Medical and sanitary report of the native army of Bengal for the year
Year: 1874
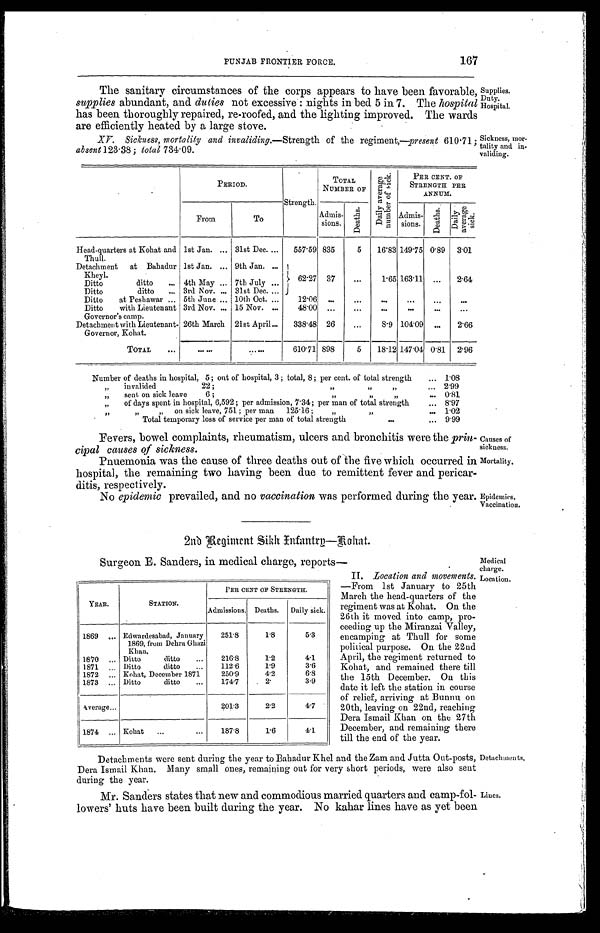
167
PUNJAB FRONTIER FORCE.
Supplies.
The sanitary circumstances of the corps appears to have been favorable,
supplies abundant, and duties not excessive: nights in bed 5 in 7. The hospital Hospital.
has been thoroughly repaired, re-roofed, and the lighting improved. The wards
are efficiently heated by a large stove.m
or- XV. Sickness, mortality and invaliding.—Strength of the regiment—present 610.71; Sickness, tality and in-
absent 123.38 ; total 734.09.validing.
PERIOD.
Strength.
TOTAL
NUMBER OF
D a i l y A v e r a g e
n u m b e r o f s i c k .
PER CENT. OF
STRENGTH PER
ANNUM.
From
To
Admis-
sions. De a t hs .
Admis-
sions. D e a t h s .
4
Da i l y a ve r a ge s i c k.
Head-quarters at Kohat and
Thull.
1st Jan.
31st Dec. 557.59 835
5 16.83 149.75 0.89 3.01
Detachment at Bahadur
Kheyl.
1st Jan.
9th Jan.
Ditto ditto
4th May
7th July
62.27 37
1.65 163.11
2.64
Ditto ditto
3rd Nov.
31st Dec.
Ditto at Peshawar
5th June 10th Oct.
12'06
Ditto with Lieutenant
Governor's camp.
3rd Nov.
15 Nov.
48.00
Detachment with Lieutenant- 26th March 21st April
338.48 26
8.9 104.09
2.66
Governor, Kohat.
TOTAL
610.71 898
5 18.12 147.04 0.81 2.96
Number of deaths in hospital, 5; out of hospital, 3; total, 8; per cent. of total strength
1.08
„ invalided 22; „ „ „ 2.99
„ sent on sick leave 6; „ „ „ 0.81
„ of days spent in hospital, 6,592; per admission, 7.34; per man of total strength
8.97
„ „ „ o n s i c k l e a v e , 7 5 1 ; p e r m a n 1 2 5 . 1 6 ; „ „ 1.02
Total temporary loss of service per man of total strength
9.99
Fevers, bowel complaints, rheumatism, ulcers and bronchitis were the prin-
cipal causes of sickness.
Causes
of
sickness.
hospital, the remaining two having been due to remittent fever and pericar
Mortality.
No epidemic prevailed, and no vaccination was performed during the year. Epidemics.
Vaccination.
2nn Regiment Sikh Infantry—Kohat.
Surgeon E. Sanders, in medical charge, reports—
YEAR.
STATION.
PER CENT OF STRENGTH.
Admissions. Deaths. Daily sick
1869
Edwardesabad, January
1869, from Dehra Ghazi
Khan.
251.8
1.8
5.3
1870
Ditto ditto
216.8
1 . 2
4.1
1871
Ditto ditto
112.6
1.9
3.6
1872
Kohat, December 1871
250.9
4.2
6.8
1873 Ditto ditto
174.7
2 .
3.9
Average
201.3
2.2
4.7
1874
Kohat
187.8
1.6
4.1
II. Location and movements.
Medical
charge.
—From 1st January to 25th
March the head-quarters of the
regiment was at Kohat. On the
26th it moved into camp, pro
- c e e d i n g u p t h e M i r a n z a i V a l l e y ,
encamping at Thull for some
political purpose. On the 22nd
April, the regiment returned to
Kohat, and remained there till
the 15th December. On this
date it left the station in course
of relief, arriving at Bunnu on
20th, leaving on 22nd, reaching
Dera Ismail Khan on the 27th
December, and remaining there
till the end of the year.
Location.
Detachments were sent during the year to Bahadur Khel and the Zam and Jutta Out-posts,
Dera Ismail Khan. Many small ones, remaining out for very short periods, were also sent
during the year.
Detachments.
Mr. Sanders states that new and commodious married quarters and camp-fol-
lowers' huts have been built during the year. No kahar lines have as yet been
Lines